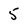
Character: 5